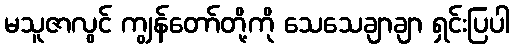
မသူဇာလွင် ကျွန်တော်တို့ကို သေသေချာချာ ရှင်းပြပါ